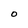
Character: O